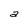
Character: a